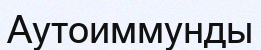
Аутоиммунды